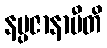
နပ္ပဇာနာမီတိ